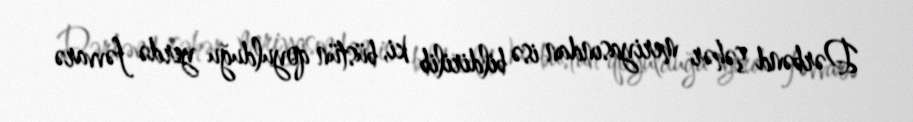
Dərbənd şəhər meriyasından isə bildirilib ki, büstün qoyulduğu yerdə fəvvarə